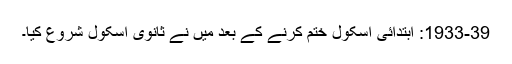
1933-39: ابتدائی اسکول ختم کرنے کے بعد میں نے ثانوی اسکول شروع کیا۔